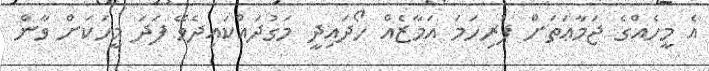
އެ މީހެއްގެ ޖަމާޢަތަށް ފުރިހަމަ އަމާޒެއް ހޯދައިދީ މަގުދައްކައިދެވޭ ފަދަ މީހަކަށް ވާން